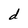
Character: d